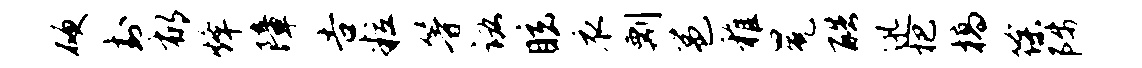
硬封郁烽障告粒等诺眩衣剽邕稚冕酷迅杷槁徐陟